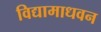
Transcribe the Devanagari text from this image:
विद्यामाधवन